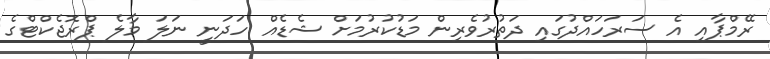
ރޭމްޕާއި އެ ސަރަހައްދުގައި ދަތުރުވެރިން މަޑުކުރުމަށް ޝެޑެއް ހަދަނީ ނަލަ މާލެ ޕްރޮޖެކްޓްގެ